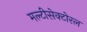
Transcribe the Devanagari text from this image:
मल्टीसेक्टोरल